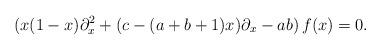
LaTeX: \begin{align*}(x(1-x)\partial_x^2+(c-(a+b+1)x)\partial_x-ab)\,f(x)=0.\end{align*}